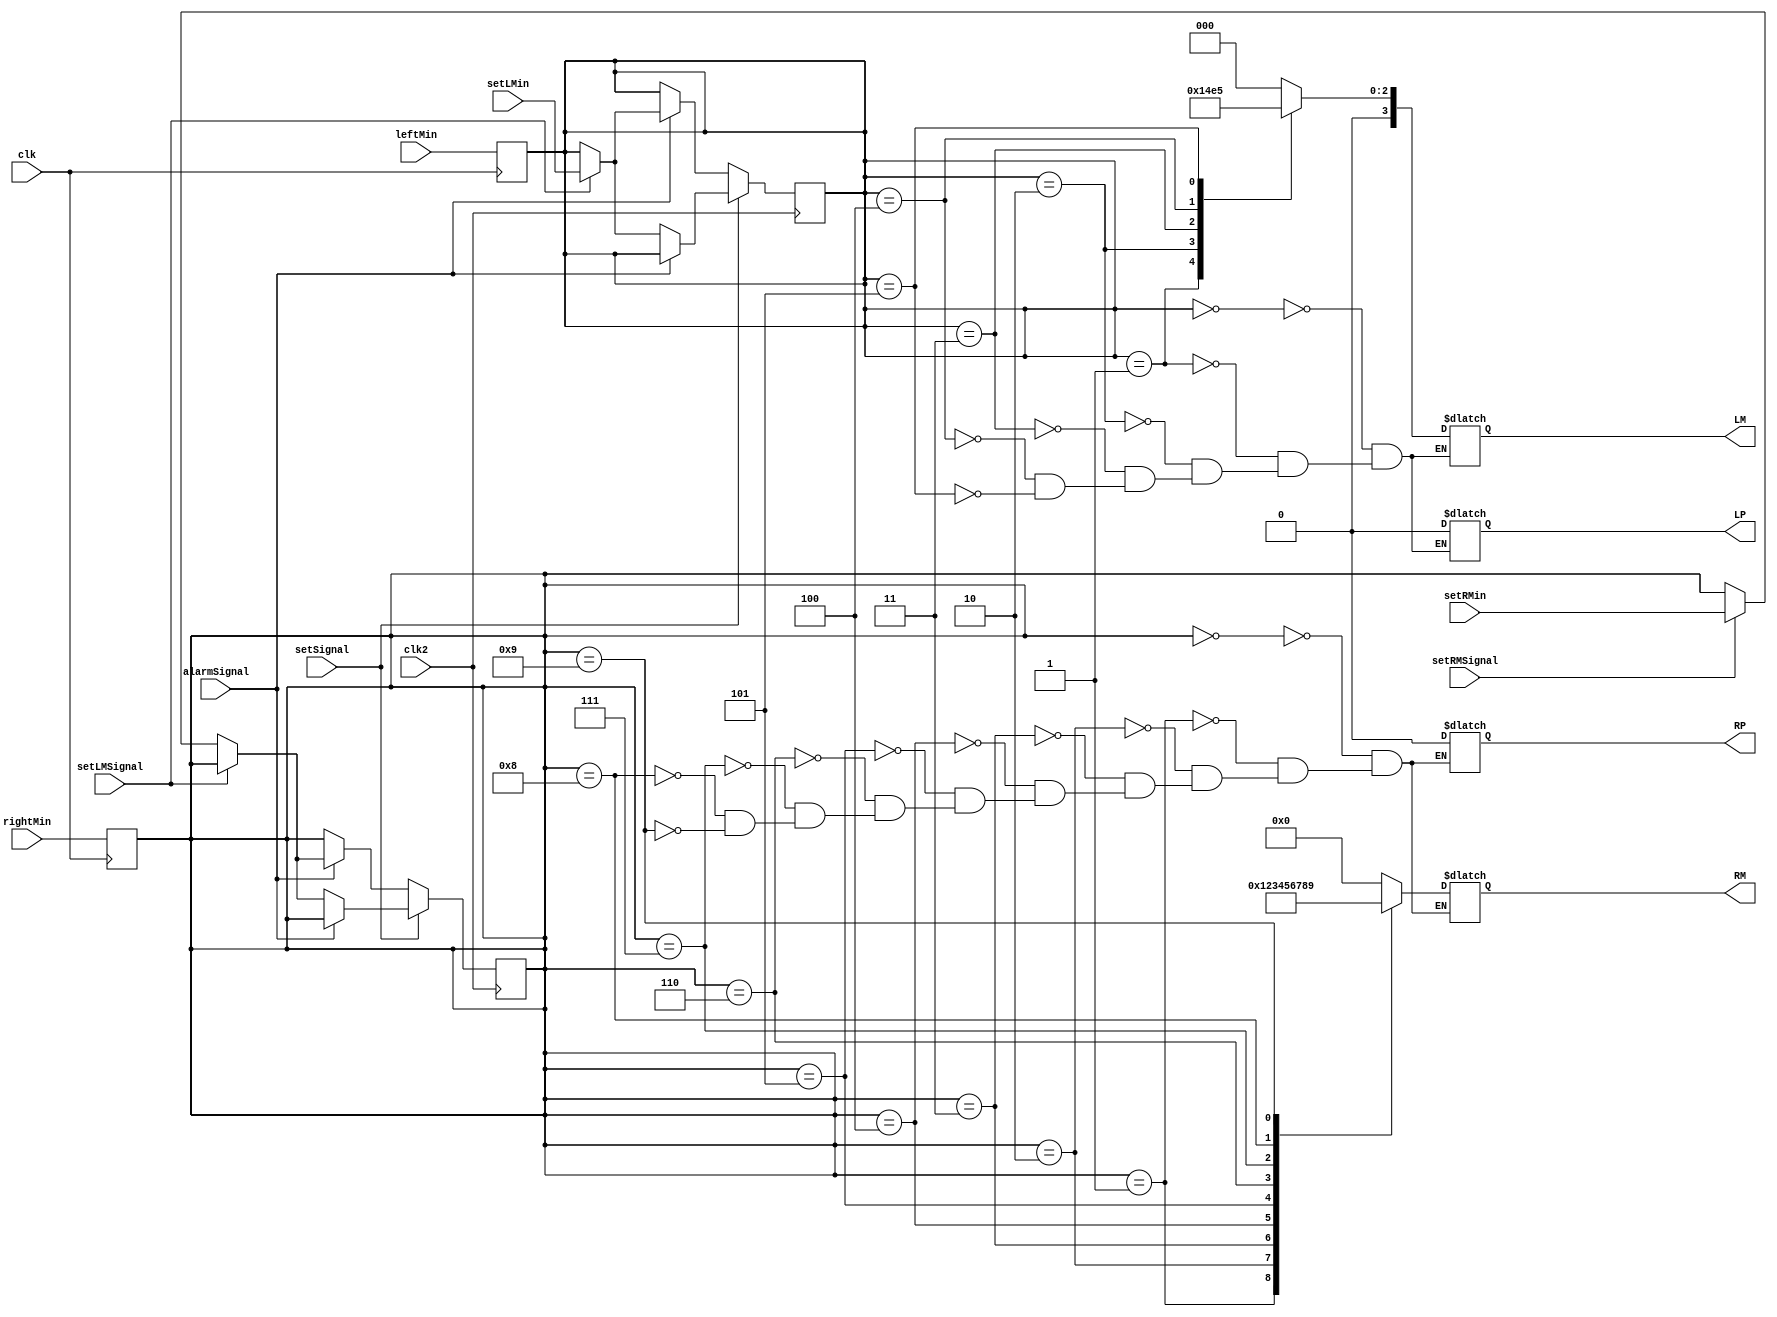
module ControllerMinutes
(
    input clk,
    input [3:0] rightMin,
    input [2:0] leftMin,
    input [3:0] setRMin,
    input [2:0] setLMin,
    input setSignal,
    input alarmSignal,
    input setLMSignal,
    input setRMSignal,
    input clk2,
    output reg [3:0] RM,
    output reg RP,
    output reg [3:0] LM,
    output reg LP
);

    reg [3:0] rightMin_s;
    reg [2:0] leftMin_s;

    //Second clk used for setting states when setSignal or alarmSignal is on
    always @(posedge clk2)
    begin
	if(setSignal) begin
        if(alarmSignal == 0) begin
            if(setLMSignal)
                leftMin_s <= setLMin;
            else if(setRMSignal)
                rightMin_s <= setRMin; 
        end
    end else begin
        if(alarmSignal) begin
            if(setLMSignal)
                leftMin_s <= setLMin;
            else if(setRMSignal)
                rightMin_s <= setRMin; 
        end
    end
    end

    // Set state of left and right minute digits
    always @(posedge clk)
    begin
	    rightMin_s <= rightMin;
        leftMin_s <= leftMin;   
    end

    // Set LED for Right Minutes
    always @(*)
    begin
        case(rightMin_s)
            4'd0: begin
               RM = 4'b0000;
               RP = 1'b0;
            end
            4'd1: begin
                RM = 4'b0001;
                RP = 1'b0;
            end
            4'd2: begin
                RM = 4'b0010;
                RP = 1'b0;
            end
            4'd3: begin
                RM = 4'b0011;
                RP = 1'b0;
            end
            4'd4: begin
                RM = 4'b0100;
                RP = 1'b0;
            end
            4'd5: begin
                RM = 4'b0101;
                RP = 1'b0;
            end
            4'd6: begin
                RM = 4'b0110;
                RP = 1'b0;
            end
            4'd7: begin
                RM = 4'b0111;
                RP = 1'b0;
            end
            4'd8: begin
                RM = 4'b1000;
                RP = 1'b0;
            end
            4'd9: begin
                RM = 4'b1001;
                RP = 1'b0;
            end
        endcase
    end

    // Set LED for Left Minutes
    always @(*)
    begin
        case(leftMin_s)
            3'd0: begin
               LM = 3'b000;
               LP = 1'b0;
            end
            3'd1: begin
                LM = 3'b001;
                LP = 1'b0;
            end
            3'd2: begin
                LM = 3'b010;
                LP = 1'b0;
            end
            3'd3: begin
                LM = 3'b011;
                LP = 1'b0;
            end
            3'd4: begin
                LM = 3'b100;
                LP = 1'b0;
            end
            3'd5: begin
                LM = 3'b101;
                LP = 1'b0;
            end
        endcase
    end
endmodule